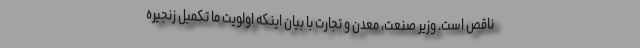
ناقص است. وزیر صنعت، معدن و تجارت با بیان اینکه اولویت ما تکمیل زنجیره